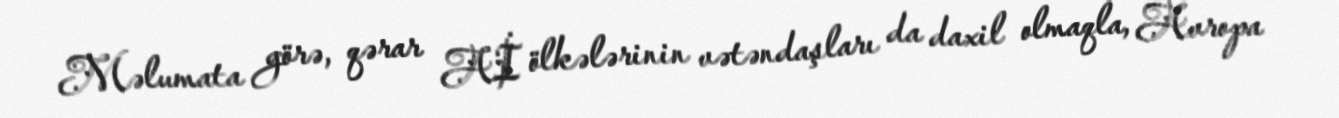
Məlumata görə, qərar Aİ ölkələrinin vətəndaşları da daxil olmaqla, Avropa